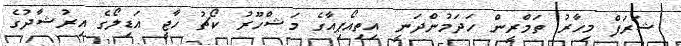
ޝަރަފް މިހާރު ތަމްރީން ހަދަމުންދަނީ އިތިއޯޕިއާގެ މަޝްހޫރު ކޯޗު ހާޖީ އަޑިލޯގެ އިރުޝާދުގެ